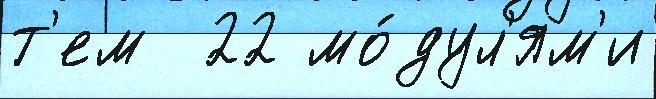
т'ем  22 мо́дул'ям'и